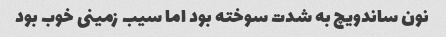
نون ساندویچ به شدت سوخته بود اما سیب زمینی خوب بود